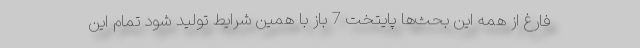
فارغ از همه این بحث‌ها پایتخت 7 باز با همین شرایط تولید شود تمام این